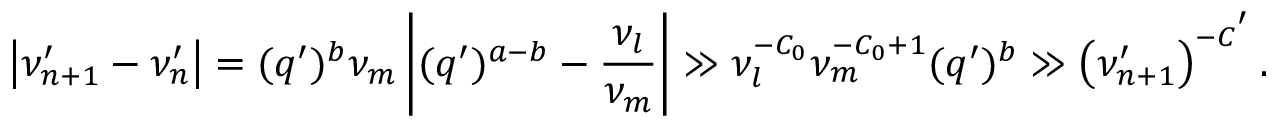
\left| \nu _ { n + 1 } ^ { \prime } - \nu _ { n } ^ { \prime } \right| = ( q ^ { \prime } ) ^ { b } \nu _ { m } \left| ( q ^ { \prime } ) ^ { a - b } - \frac { \nu _ { l } } { \nu _ { m } } \right| \gg \nu _ { l } ^ { - C _ { 0 } } \nu _ { m } ^ { - C _ { 0 } + 1 } ( q ^ { \prime } ) ^ { b } \gg \left( \nu _ { n + 1 } ^ { \prime } \right) ^ { - C ^ { ' } } .